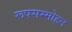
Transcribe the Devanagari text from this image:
रूपसम्मोहन